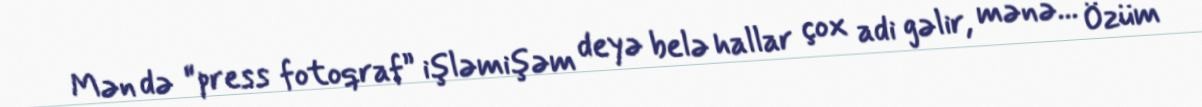
Mən də “press fotoqraf” işləmişəm deyə belə hallar çox adi gəlir, mənə... Özüm